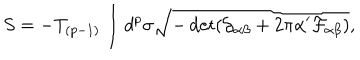
LaTeX: S = - T _ { ( p - 1 ) } \int d ^ { p } \sigma \sqrt { - \det ( \mathcal { G } _ { \alpha \beta } + 2 \pi \alpha ^ { \prime } \mathcal { F } _ { \alpha \beta } ) } ,